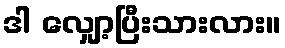
ဒါ လျှော့ပြီးသားလား။